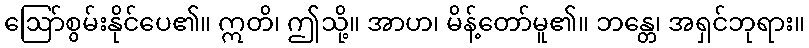
ဩော်စွမ်းနိုင်ပေ၏။ ဣတိ၊ ဤသို့။ အာဟ၊ မိန့်တော်မူ၏။ ဘန္တေ၊ အရှင်ဘုရား။